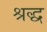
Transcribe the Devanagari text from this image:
श्रद्ध